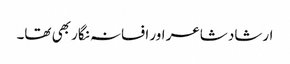
ارشاد شاعر اور افسانہ نگار بھی تھا۔